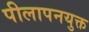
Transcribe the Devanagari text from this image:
पीलापनयुक्त